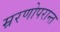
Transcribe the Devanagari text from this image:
म्ररणोपरान्त